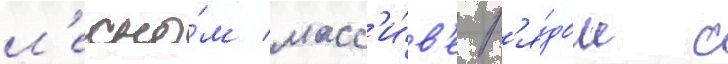
л'есно́м масс'и́в'е р'я́дом с